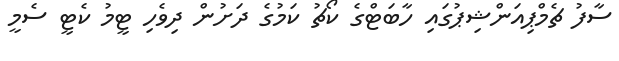
ސާފު ޗެމްޕިއަންޝިޕުގައި ހާބަޓްގެ ކޯޗު ކަމުގެ ދަށުން ދިވެހި ޓީމު ކެޓީ ސެމީ